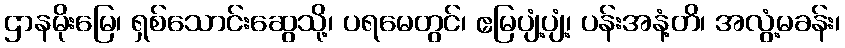
ဌာနမိုးမြေ၊ ရှစ်သောင်းဆွေသို့၊ ပရမေတွင်၊ ဧမြပျံ့ပျံ့၊ ပန်းအနံ့တိ၊ အလွံ့မခန်း၊